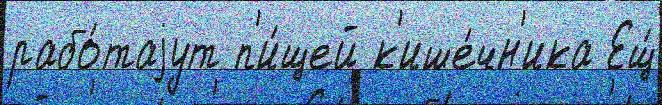
рабо́таjут п'и́щей к'ише́чн'ика Ещ́